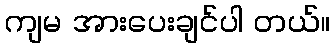
ကျမ အားပေးချင်ပါ တယ်။